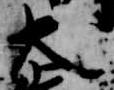
大